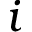
i